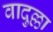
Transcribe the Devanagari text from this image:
वादुल्ला